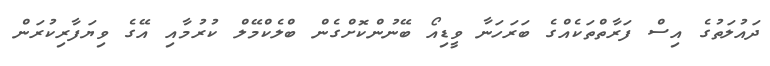
ދައުލަތުގެ އިސް ފަރާތްތަކެއްގެ ބަރަހަނާ ވީޑިއޯ ބޭނުންކޮށްގެން ބްލެކްމޭލް ކުރުމާއި އޭގެ ވިޔަފާރިކުރަން